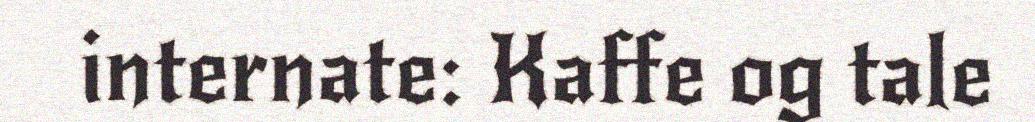
internate: Kaffe og tale